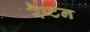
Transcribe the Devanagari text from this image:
रैप्टन